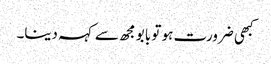
کبھی ضرورت ہو تو بابو مجھ سے کہہ دینا۔